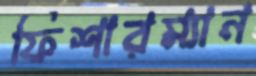
ফিশারম্যান